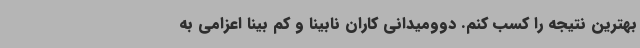
بهترین نتیجه را کسب کنم. دوومیدانی کاران نابینا و کم بینا اعزامی به